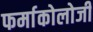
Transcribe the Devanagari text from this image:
फर्माकोलोजी